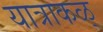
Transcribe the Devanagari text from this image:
यात्राकळ्